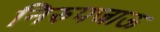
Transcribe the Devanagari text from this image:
निरुपजाऊ